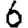
Digit: 6